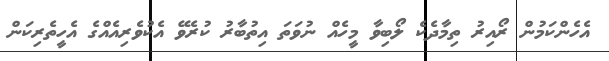
އެހެންކަމުން ރޯއިރު ތިމާދެކެ ލޯބިވާ މީހެއް ނުވަތަ އިތުބާރު ކުރެވޭ އެކުވެރިއެއްގެ އެހީތެރިކަން